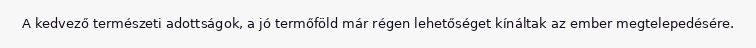
A kedvező természeti adottságok, a jó termőföld már régen lehetőséget kínáltak az ember megtelepedésére.